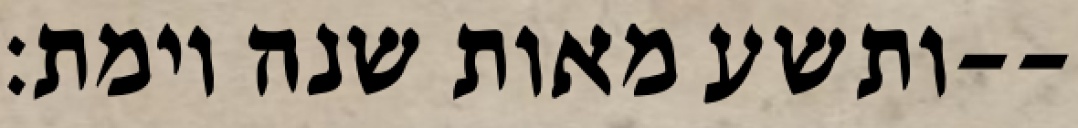
ותשע מאות שנה וימת׃--